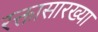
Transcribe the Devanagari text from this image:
रक्तासारख्या